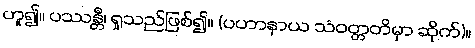
ဟူ၍။ ပဿန္တီ၊ ရှုသည်ဖြစ်၍။ (ပဟာနာယ သံဝတ္တတိမှာ ဆိုက်)။